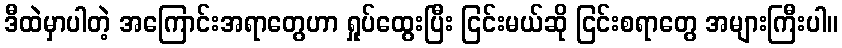
ဒီထဲမှာပါတဲ့ အကြောင်းအရာတွေဟာ ရှုပ်ထွေးပြီး ငြင်းမယ်ဆို ငြင်းစရာတွေ အများကြီးပါ။